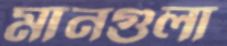
মানগুলা